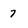
Character: 7